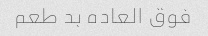
فوق العاده بد طعم